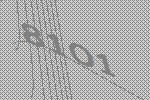
8101